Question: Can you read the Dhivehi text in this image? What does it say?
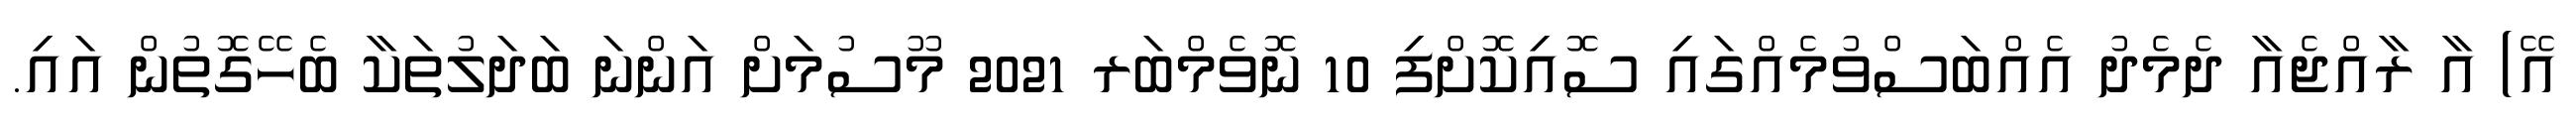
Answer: އޭ) އާ ރާއްޖެއާ ދެމެދު އެއްބަސްވުމެއްގައި ސޮއިކޮށްފި 10 ނޮވެމްބަރ 2021 މޫސުމަށް އަންނަ ބަދަލުތަކާ ބެހޭގޮތުން އައި.